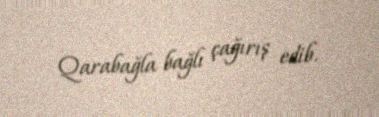
Qarabağla bağlı çağırış edib.